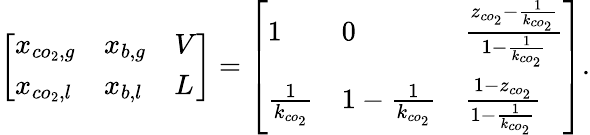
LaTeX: \left[\begin{array}{lll}{x_{co_{2},g}}&{x_{b,g}}&{V}\\ {x_{co_{2},l}}&{x_{b,l}}&{L}\end{array}\right]=\left[\begin{array}{lll}{1}&{0}&{\frac{z_{co_{2}}-\frac{1}{k_{co_{2}}}}{1-\frac{1}{k_{co_{2}}}}}\\ {\frac{1}{k_{co_{2}}}}&{1-\frac{1}{k_{co_{2}}}}&{\frac{1-z_{co_{2}}}{1-\frac{1}{k_{co_{2}}}}}\end{array}\right].